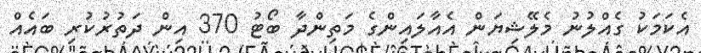
އެކަމަކު ގެެއްލުނު މެލޭޝިޔަން އެއާލައިންގެ މަތިންދާ ބޯޓު 370 އިން ދަތުރުކުރި ބައެއް